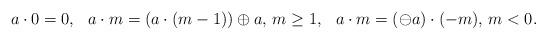
LaTeX: \begin{align*}a\cdot 0 = 0,\hskip0.3cm a\cdot m = (a\cdot (m-1))\oplus a,\, m \geq1,\hskip0.3cm a\cdot m = (\ominus a)\cdot(-m),\, m < 0.\end{align*}